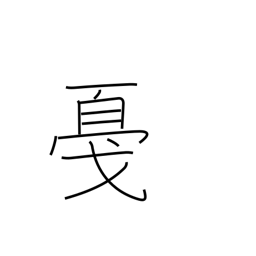
Meaning: tap or strike lightly